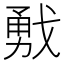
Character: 𢧙